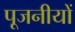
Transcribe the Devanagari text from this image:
पूजनीयों